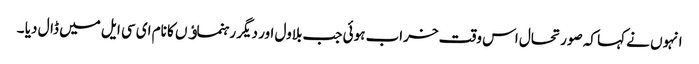
انہوں نے کہا کہ صورتحال اس وقت خراب ہوئی جب بلاول اور دیگر رہنماﺅں کا نام ای سی ایل میں ڈال دیا ۔